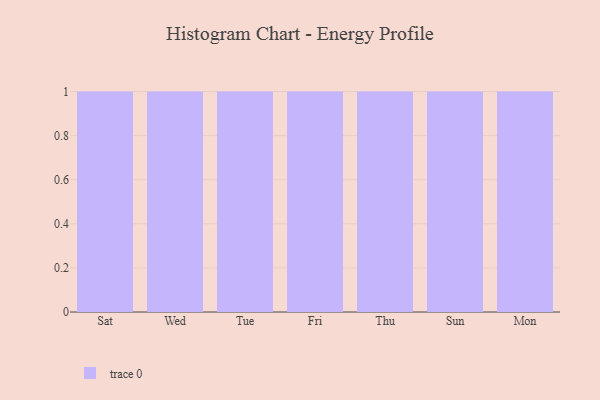
{"axis": {"x": "Day", "y": "Tickets Resolved"}, "legend": [""], "data": [{"x": "Sat", "y": 53, "type": ""}, {"x": "Wed", "y": 84, "type": ""}, {"x": "Tue", "y": 100, "type": ""}, {"x": "Fri", "y": 93, "type": ""}, {"x": "Thu", "y": 35, "type": ""}, {"x": "Sun", "y": 81, "type": ""}, {"x": "Mon", "y": 94, "type": ""}]}